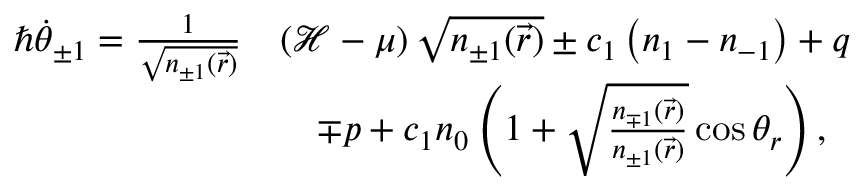
\begin{array} { r l } { \hbar \dot { \theta } _ { \pm 1 } = \frac { 1 } { \sqrt { n _ { \pm 1 } ( \vec { r } ) } } } & { \left( \mathcal { H } - \mu \right) \sqrt { n _ { \pm 1 } ( \vec { r } ) } \pm c _ { 1 } \left( n _ { 1 } - n _ { - 1 } \right) + q } \\ & { \quad \mp p + c _ { 1 } n _ { 0 } \left( 1 + \sqrt { \frac { n _ { \mp 1 } ( \vec { r } ) } { n _ { \pm 1 } ( \vec { r } ) } } \cos \theta _ { r } \right) , } \end{array}